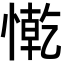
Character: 𢠥